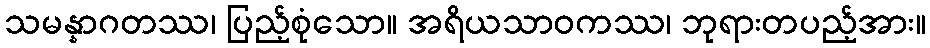
သမန္နာဂတဿ၊ ပြည့်စုံသော။ အရိယသာဝကဿ၊ ဘုရားတပည့်အား။